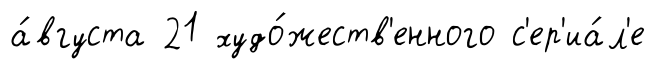
а́вгуста 21 худо́жеств'енного с'ер'иа́л'е